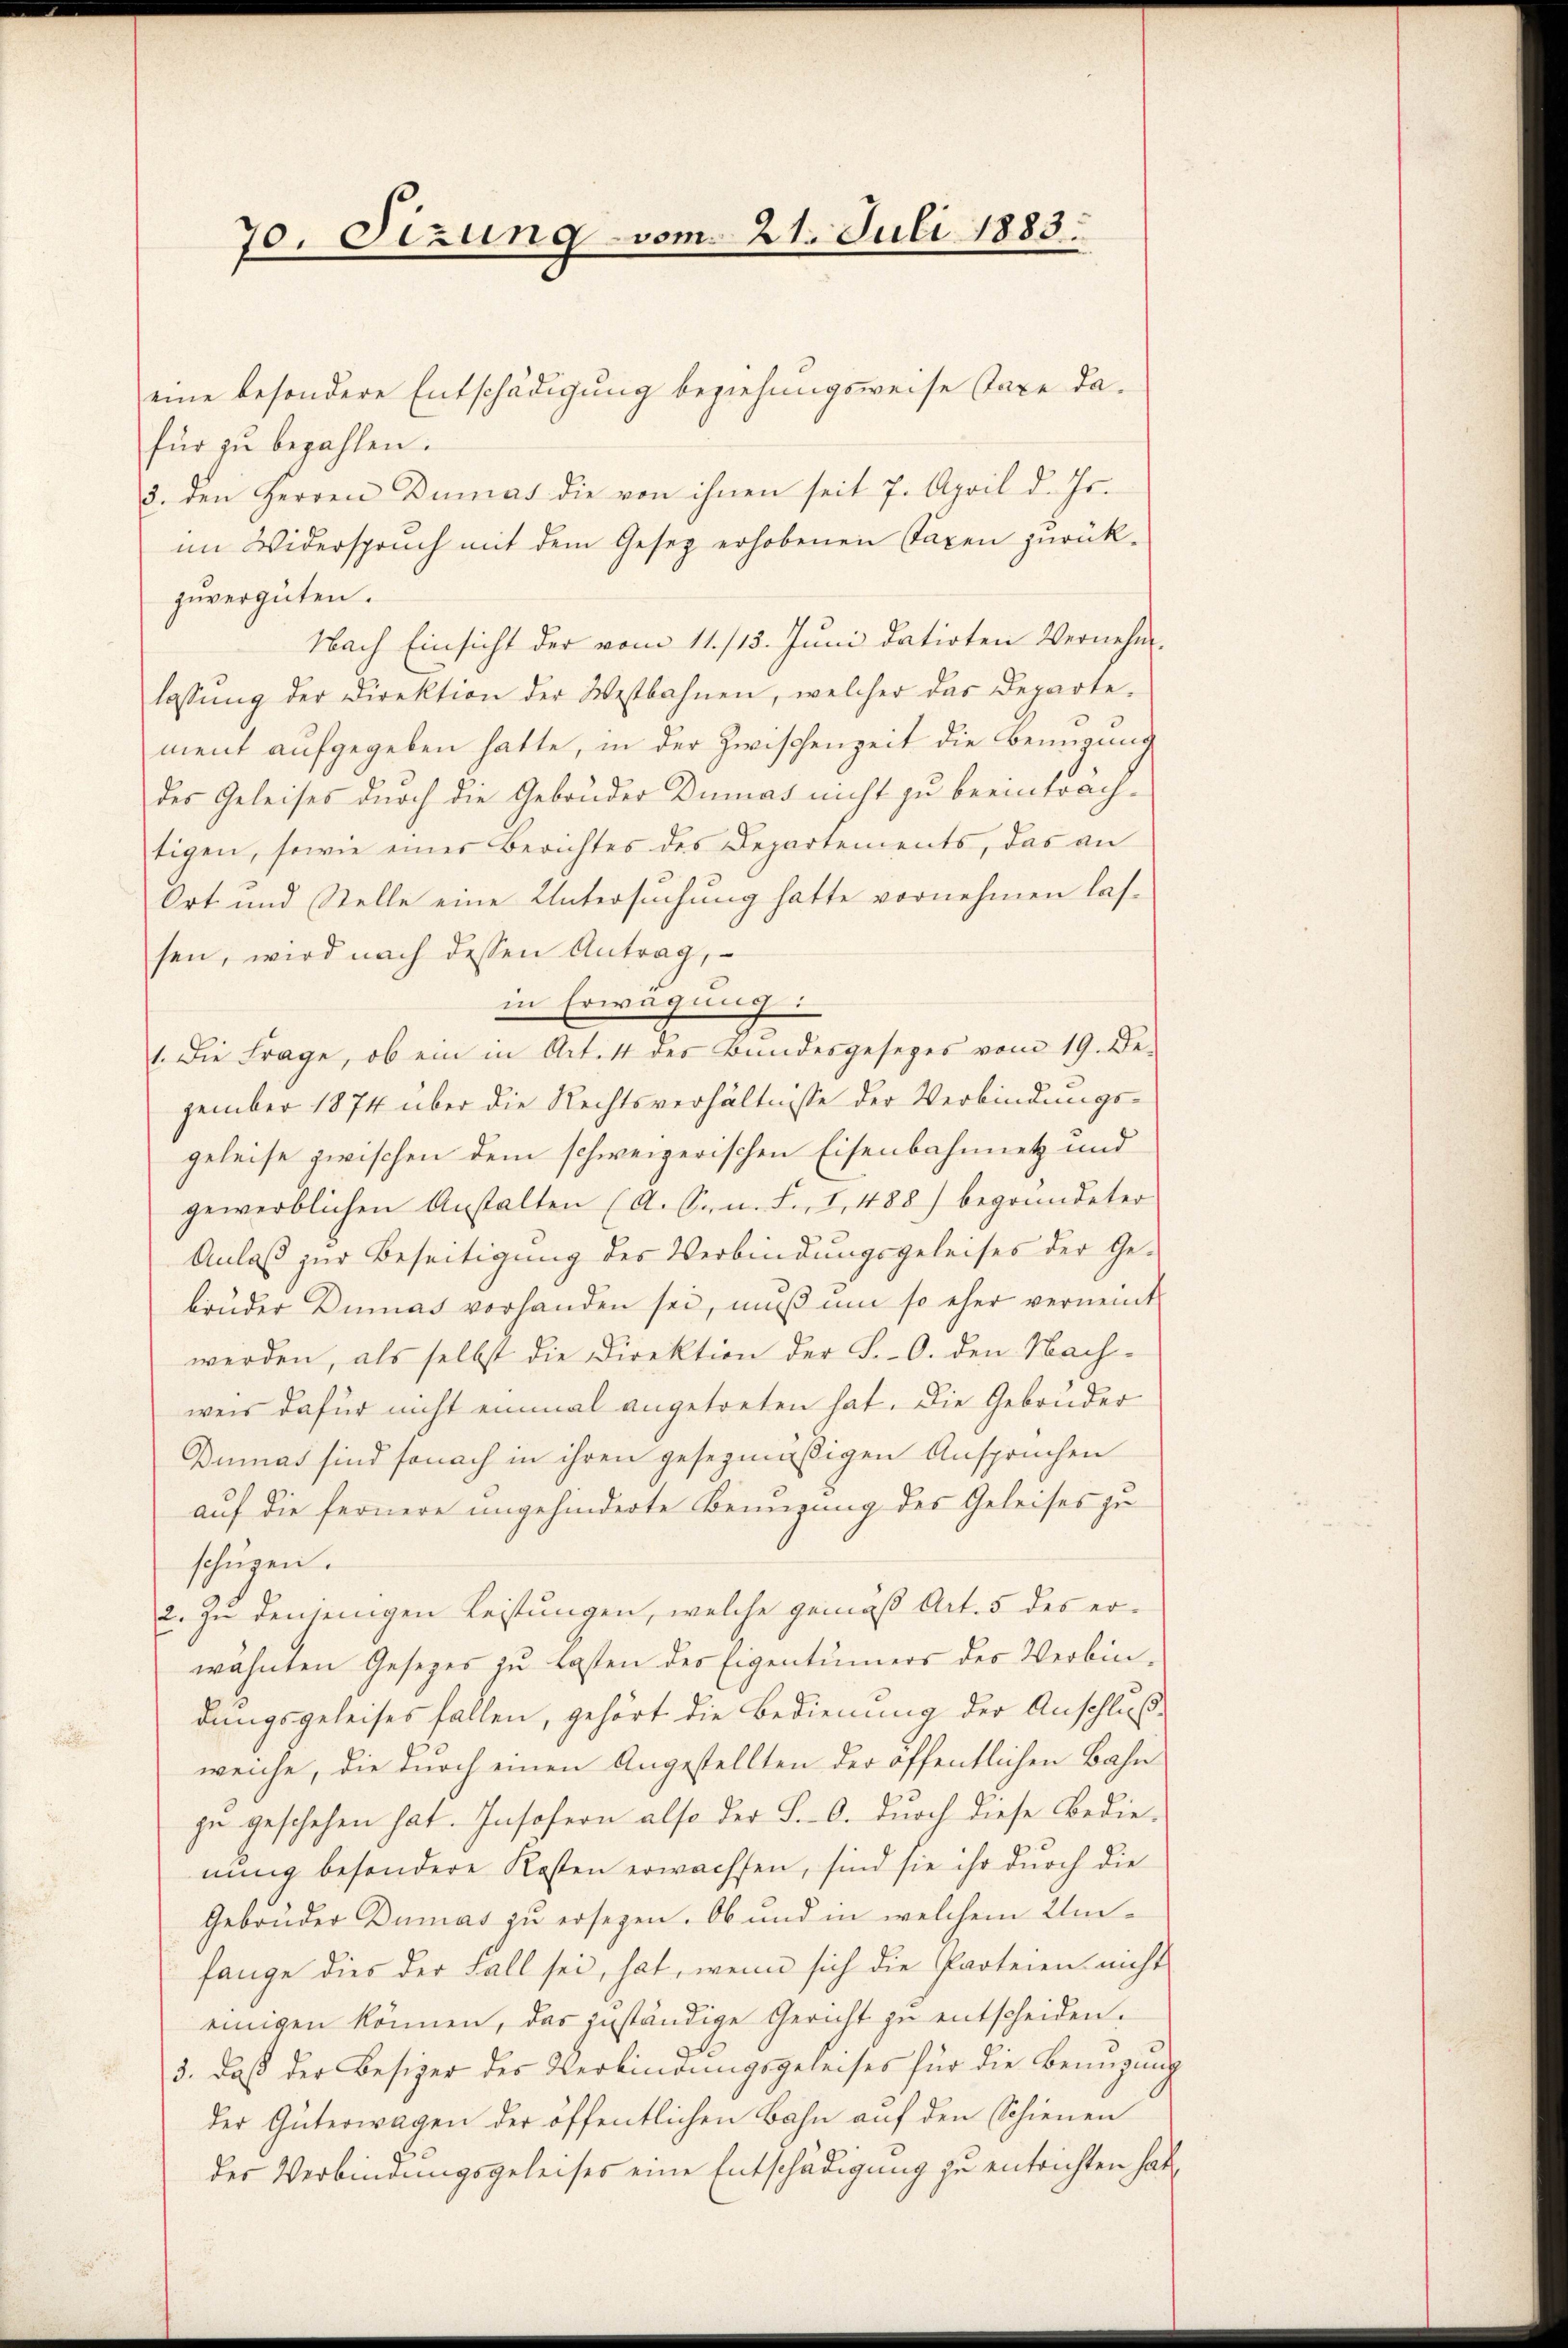
70. Sizung vom 21. Juli 1883.

eine besondere Entschädigung beziehungsweise stare dafür zŭ bezahlen.
3. den Herren Dumas die von ihnen seit 7. April d. Js.
im Widerspruch mit dem Gesetz erhobenen Taxen zurück-
zuvergüten.
Nach Einsicht der vom 11. /15. Juni datirten Vernehm-
lassŭng der Direktion der Westbahnen, welcher das Departe.
ment aufgegeben hatte, in der Zwischenzeit die Bemanns
des Geleises durch die Gebrüder Dumas nicht zu beeintrachtigen, sowie einer Berichtes des Departements, das an
Ort und Stelle eine Untersuchung hatte vornehmen lassen, wird nach dessen Antrag,
in Erwägung:
1. Die Frage, ob ein in Art. 11 des Bundesgesezes vom 19. De-
zember 1874 über die Rechtsverhältnisse der Verbindungsgeleise zwischen dem schweizerischen Eisenbahnnetz und
gewerblichen Anstalten (A. Srn. F. I 488) begründeter
Anlaß zur Beseitigung des Verbindungsgeleises der Gebrüder Dumas vorhanden sei, muß um so eher vernennt
werden, als selbst die Direktion der S.-O. den Nach-
weis dafür nicht einmal angetreten hat. Die Gebrüder
Dumas sind sonach in ihren gesezmäßigen Anspruchen
auf die fernere ungehinderte Bengung des Geleises zu
schügen.
2. Zu denjenigen Leistungen, welche gemäß Art. 5 des erwähnten Gesezes zu Lasten des Eigentümers des Verbin-
dungsgeleises fallen, gehört die Bedienung der Anschlußweiche, die durch einen Angestellten der öffentlichen Bahn
zu geschehen hat. Insofern also der S.-O. durch diese Bedienung besondere Kosten erwachsen, sind sie ihr durch die
Gebrüder Dumas zu ersezen. Ob und in welchem Umfange dies der Fall sei, hat, wenn sich die Parteien nicht
einigen können, das juständige Gericht zu entscheiden.
3., daß der Besizer des Verbindungsgeleises für die Bemügung
der Güterwagen der öffentlichen Bahn auf den Schienen
des Verbindungsgeleises eine Entschädigung zu entrichten hat